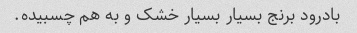
بادرود برنج بسیار بسیار خشک و به هم چسبیده.